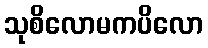
သုစိလောမကပိလော